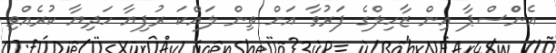
އެންްސްޕާ އިން ޒާހިލްގެ ފަރުވާ އަށް ތިން ލައްކަ ރުފިޔާ ހަދިޔާ ކުރެއްްވި